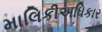
માલિકીઅધિકાર